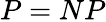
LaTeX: P=NP